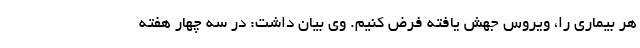
هر بیماری را، ویروس جهش یافته فرض کنیم. وی بیان داشت: در سه چهار هفته